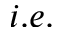
i . e .